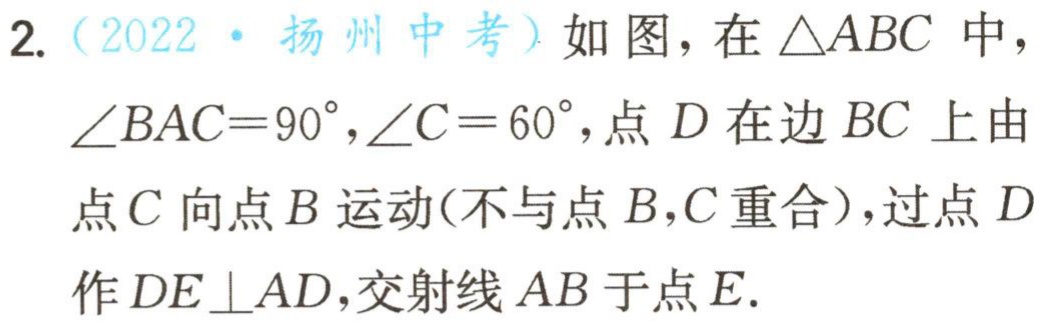
2.（2022·扬州中考）如图，在\(\triangle ABC\)中，\(\angle BAC = 90^{\circ},\angle C = 60^{\circ}\)，点\(D\)在边\(BC\)上由点\(C\)向点\(B\)运动(不与点\(B,C\)重合)，过点\(D\)作\(DE\perp AD\)，交射线\(AB\)于点\(E\).